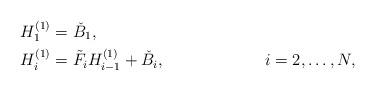
LaTeX: \begin{align*} &H_{1}^{( 1 )} = \check{B}_{1}, & & \\ &H_{i}^{( 1 )} = \tilde{F}_{i} H_{i - 1}^{( 1 )} + \check{B}_{i}, & &i = 2, \dots , N, \end{align*}